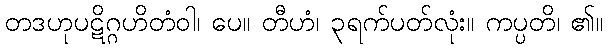
တဒဟုပဋိဂ္ဂဟိတံဝါ၊ ပေ။ တီဟံ၊ ၃ရက်ပတ်လုံး။ ကပ္ပတိ၊ ၏။